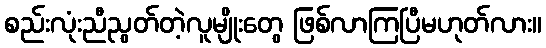
စည်းလုံးညီညွတ်တဲ့လူမျိုးတွေ ဖြစ်လာကြပြီမဟုတ်လား။